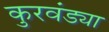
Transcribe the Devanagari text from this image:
कुरवंड्या